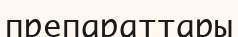
препараттары